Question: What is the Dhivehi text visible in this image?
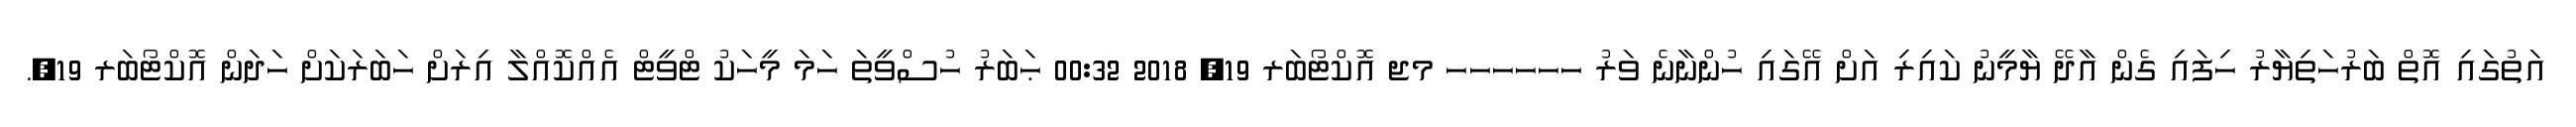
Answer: އަތުގައި އޮތް ބަރުހަތިޔާރު ހިފައި ގެން އާދޭ ޔާމީނު ކައިރި އަށް އޭގައި ހުންނާނެ ވަރު ހހހހހހ މޖ އޮކްޓޯބަރ 19, 2018 00:32 ޙަބަރު ހުސްވީތަ ހަމަ މީހަކު ޓްވީޓް އެއްކޮއްލާ އިރަށް ހަބަރަކަށް ހަދަން އޮކްޓޯބަރ 19,.